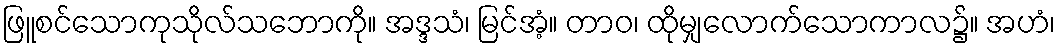
ဖြူစင်သောကုသိုလ်သဘောကို။ အဒ္ဒသံ၊ မြင်အံ့။ တာဝ၊ ထိုမျှလောက်သောကာလ၌။ အဟံ၊